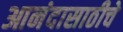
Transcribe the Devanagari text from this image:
आनंदासाठीचे